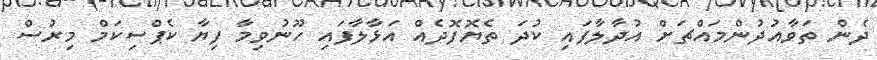
ދެން ތަވާއުދުންމައްޗަށް އުދާލާފައި ކުދަ ތެޔޮފޮދެއް އަޅާލާފައި ހޫނުވިމާ ފިޔާ ކެޕްސިކަމް މިރުސް